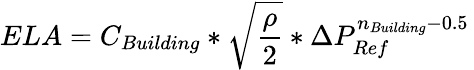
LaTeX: ELA=C_{Building}*{\sqrt{\frac{\rho}{2}}}*{\Delta}P_{Ref}^{n_{Building}-0.5}\,